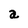
Character: a